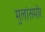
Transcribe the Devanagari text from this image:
मुलांसमोर